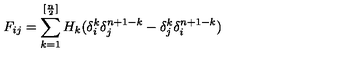
F _ { i j } = \sum _ { k = 1 } ^ { [ \frac { n } { 2 } ] } H _ { k } ( \delta _ { i } ^ { k } \delta _ { j } ^ { n + 1 - k } - \delta _ { j } ^ { k } \delta _ { i } ^ { n + 1 - k } )